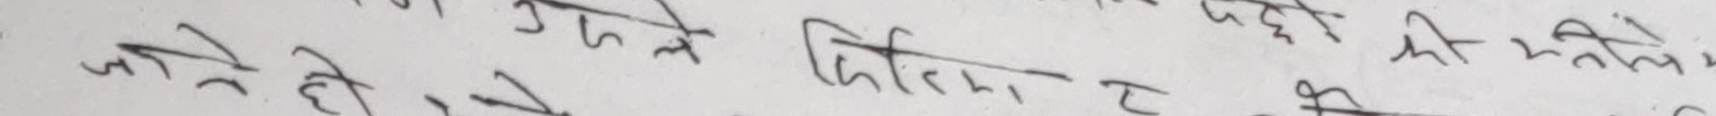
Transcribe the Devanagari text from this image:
जे जो हो उसले देखि जिन्दगी त भरे सुखी